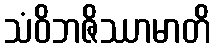
သံဝိဘဇိဿာမာတိ